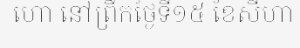
ហោ នៅព្រឹកថ្ងៃទី១៥ ខែសីហា